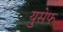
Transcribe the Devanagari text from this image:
युसेफ